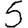
Digit: 5